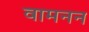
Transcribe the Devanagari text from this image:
वामनन